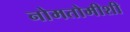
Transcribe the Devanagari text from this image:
नोमतोमीशी